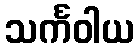
သင်္ကဝါယ